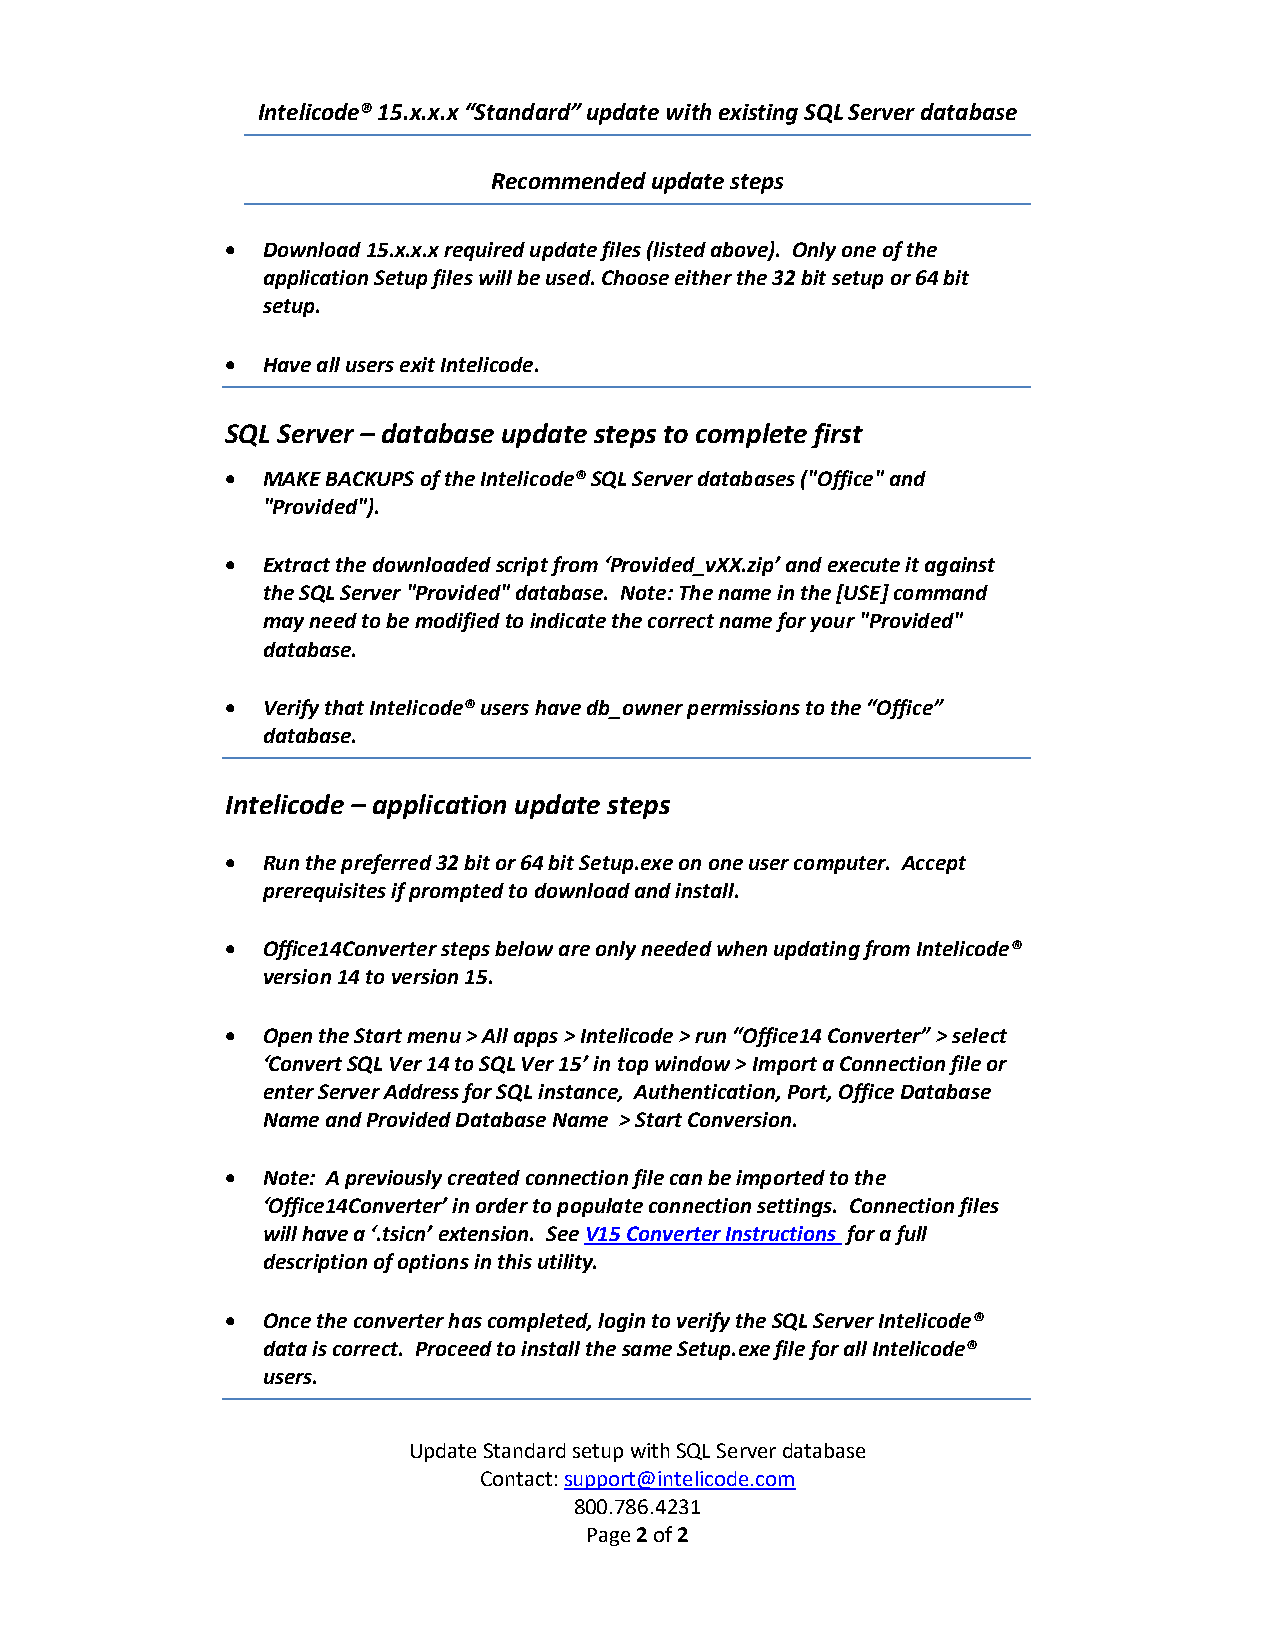
Intelicode® 15.x.x.x “Standard” update with existing SQL Server database
 Recommended update steps
  Download 15.x.x.x required update files (listed above). Only one of the
 application Setup files will be used. Choose either the 32 bit setup or 64 bit
 setup.
  Have all users exit Intelicode.
 SQL Server – database update steps to complete first
  MAKE BACKUPS of the Intelicode® SQL Server databases ("Office" and
 "Provided").
  Extract the downloaded script from ‘Provided_vXX.zip’ and execute it against
 the SQL Server "Provided" database. Note: The name in the [USE] command
 may need to be modified to indicate the correct name for your "Provided"
 database.
  Verify that Intelicode® users have db_owner permissions to the “Office”
 database.
 Intelicode – application update steps
  Run the preferred 32 bit or 64 bit Setup.exe on one user computer. Accept
 prerequisites if prompted to download and install.
  Office14Converter steps below are only needed when updating from Intelicode®
 version 14 to version 15.
  Open the Start menu > All apps > Intelicode > run “Office14 Converter” > select
 ‘Convert SQL Ver 14 to SQL Ver 15’ in top window > Import a Connection file or
 enter Server Address for SQL instance, Authentication, Port, Office Database
 Name and Provided Database Name > Start Conversion.
  Note: A previously created connection file can be imported to the
 ‘Office14Converter’ in order to populate connection settings. Connection files
 will have a ‘.tsicn’ extension. See V15 Converter Instructions for a full
 description of options in this utility.
  Once the converter has completed, login to verify the SQL Server Intelicode®
 data is correct. Proceed to install the same Setup.exe file for all Intelicode®
 users.
 Update Standard setup with SQL Server database
 Contact: support@intelicode.com
 800.786.4231
 Page 2 of 2